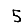
Digit: 5